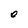
Character: O